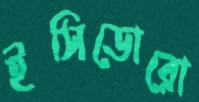
ইসিডোরো